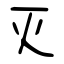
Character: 灭